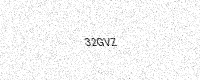
Text: 32GVZ